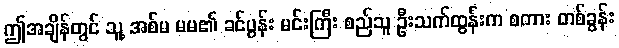
ဤအချိန်တွင် သူ့ အစ်မ မမ၏ ခင်ပွန်း မင်းကြီး စည်သူ ဦးသက်ထွန်းက စကား တစ်ခွန်း